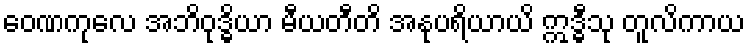
ဝေဏကုလေ အဘိဝုဒ္ဓိယာ မီယတီတိ အနုပရိယာယိ ဣဒ္ဓီသု တူလိကာယ